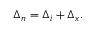
\Delta _ { n } = \Delta _ { i } + \Delta _ { x } .